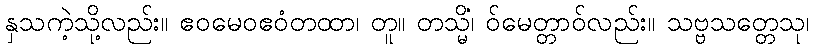
နှသကဲ့သို့လည်း။ ဧဝမေဝဧဝံတထာ၊ တူ။ တသ္မိံ၊ ဝ်မေတ္တာဝ်လည်း။ သဗ္ဗသတ္တေသု၊